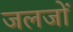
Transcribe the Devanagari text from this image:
जलजों